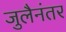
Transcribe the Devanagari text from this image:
जुलैनंतर